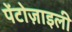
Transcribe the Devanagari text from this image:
पेंटोज़ाइली